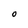
Character: O